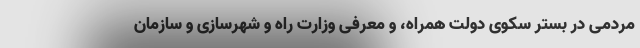
مردمی در بستر سکوی دولت همراه، و معرفی وزارت راه و شهرسازی و سازمان